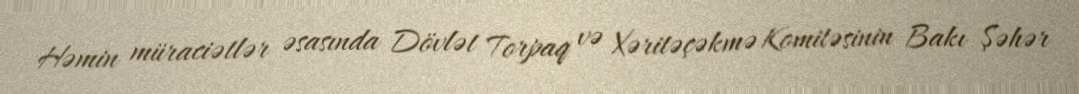
Həmin müraciətlər əsasında Dövlət Torpaq və Xəritəçəkmə Komitəsinin Bakı Şəhər